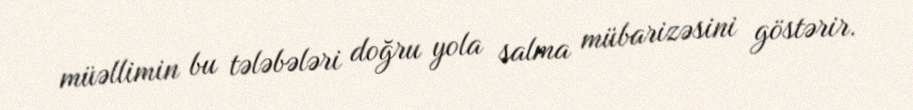
müəllimin bu tələbələri doğru yola salma mübarizəsini göstərir.